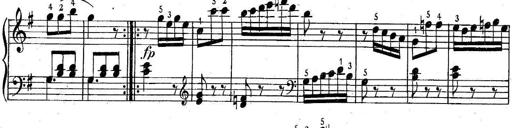
Title: 6 Easy Sonatinas
Composer: Carl Czerny